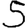
Digit: 5